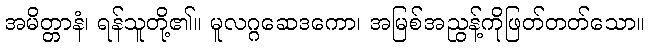
အမိတ္တာနံ၊ ရန်သူတို့၏။ မူလဂ္ဂဆေဒကော၊ အမြစ်အညွန့်ကိုဖြတ်တတ်သော။